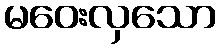
မဝေးလှသော